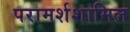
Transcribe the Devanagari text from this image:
परामर्शशामिल